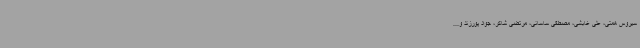
سیروس همتی، علی غابشی، مصطفی ساسانی، مرتضی شاکر، جواد پورزند و...